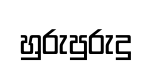
හුරුපුරුදු